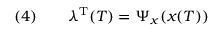
( 4 ) \qquad \lambda ^ { \mathrm { { T } } } ( T ) = \Psi _ { x } ( x ( T ) )